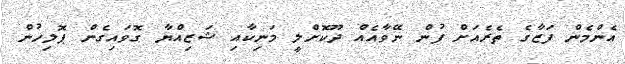
އެންމެން ފަޒާގެ ތެރެއަށް ފުން ނޭވާއެއް ދޫކޮށްލީ މަނިކާއި ޝަޒިއްޔާ ގޮވައިގެން ޕޮލިހުން